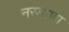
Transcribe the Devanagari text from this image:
नरडाणा